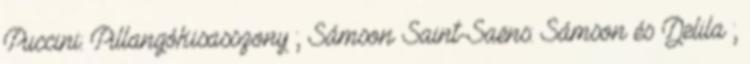
Puccini: Pillangókisasszony ; Sámson Saint-Saëns: Sámson és Delila ;